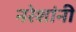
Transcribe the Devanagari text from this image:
नरेशांनी